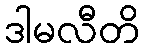
ဒါမလီတိ